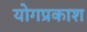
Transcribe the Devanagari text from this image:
योगप्रकाश